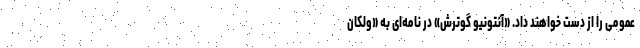
عمومی را از دست خواهند داد. «آنتونیو گوترش» در نامه‌ای به «ولکان